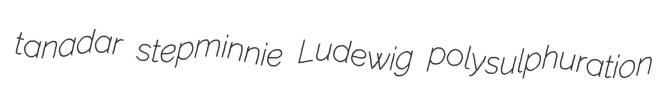
tanadar stepminnie Ludewig polysulphuration